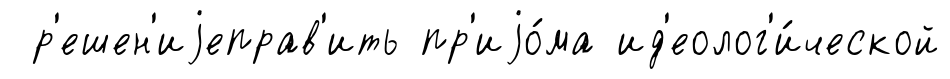
р'ешен'иjеправ'ить пр'иjо́ма ид'еолог'и́ческой